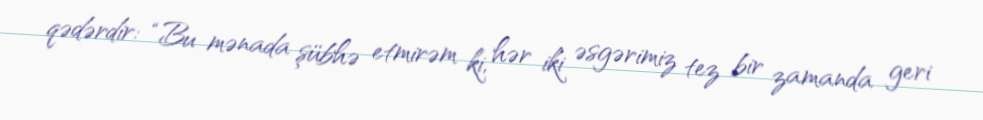
qədərdir: “Bu mənada şübhə etmirəm ki, hər iki əsgərimiz tez bir zamanda geri